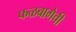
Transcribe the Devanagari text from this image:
फळबागेची